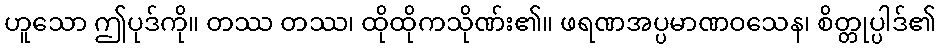
ဟူသော ဤပုဒ်ကို။ တဿ တဿ၊ ထိုထိုကသိုဏ်း၏။ ဖရဏအပ္ပမာဏဝသေန၊ စိတ္တုပ္ပါဒ်၏